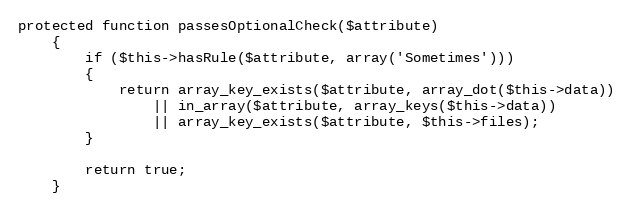
Language: PHP
protected function passesOptionalCheck($attribute)
	{
		if ($this->hasRule($attribute, array('Sometimes')))
		{
			return array_key_exists($attribute, array_dot($this->data))
				|| in_array($attribute, array_keys($this->data))
				|| array_key_exists($attribute, $this->files);
		}

		return true;
	}